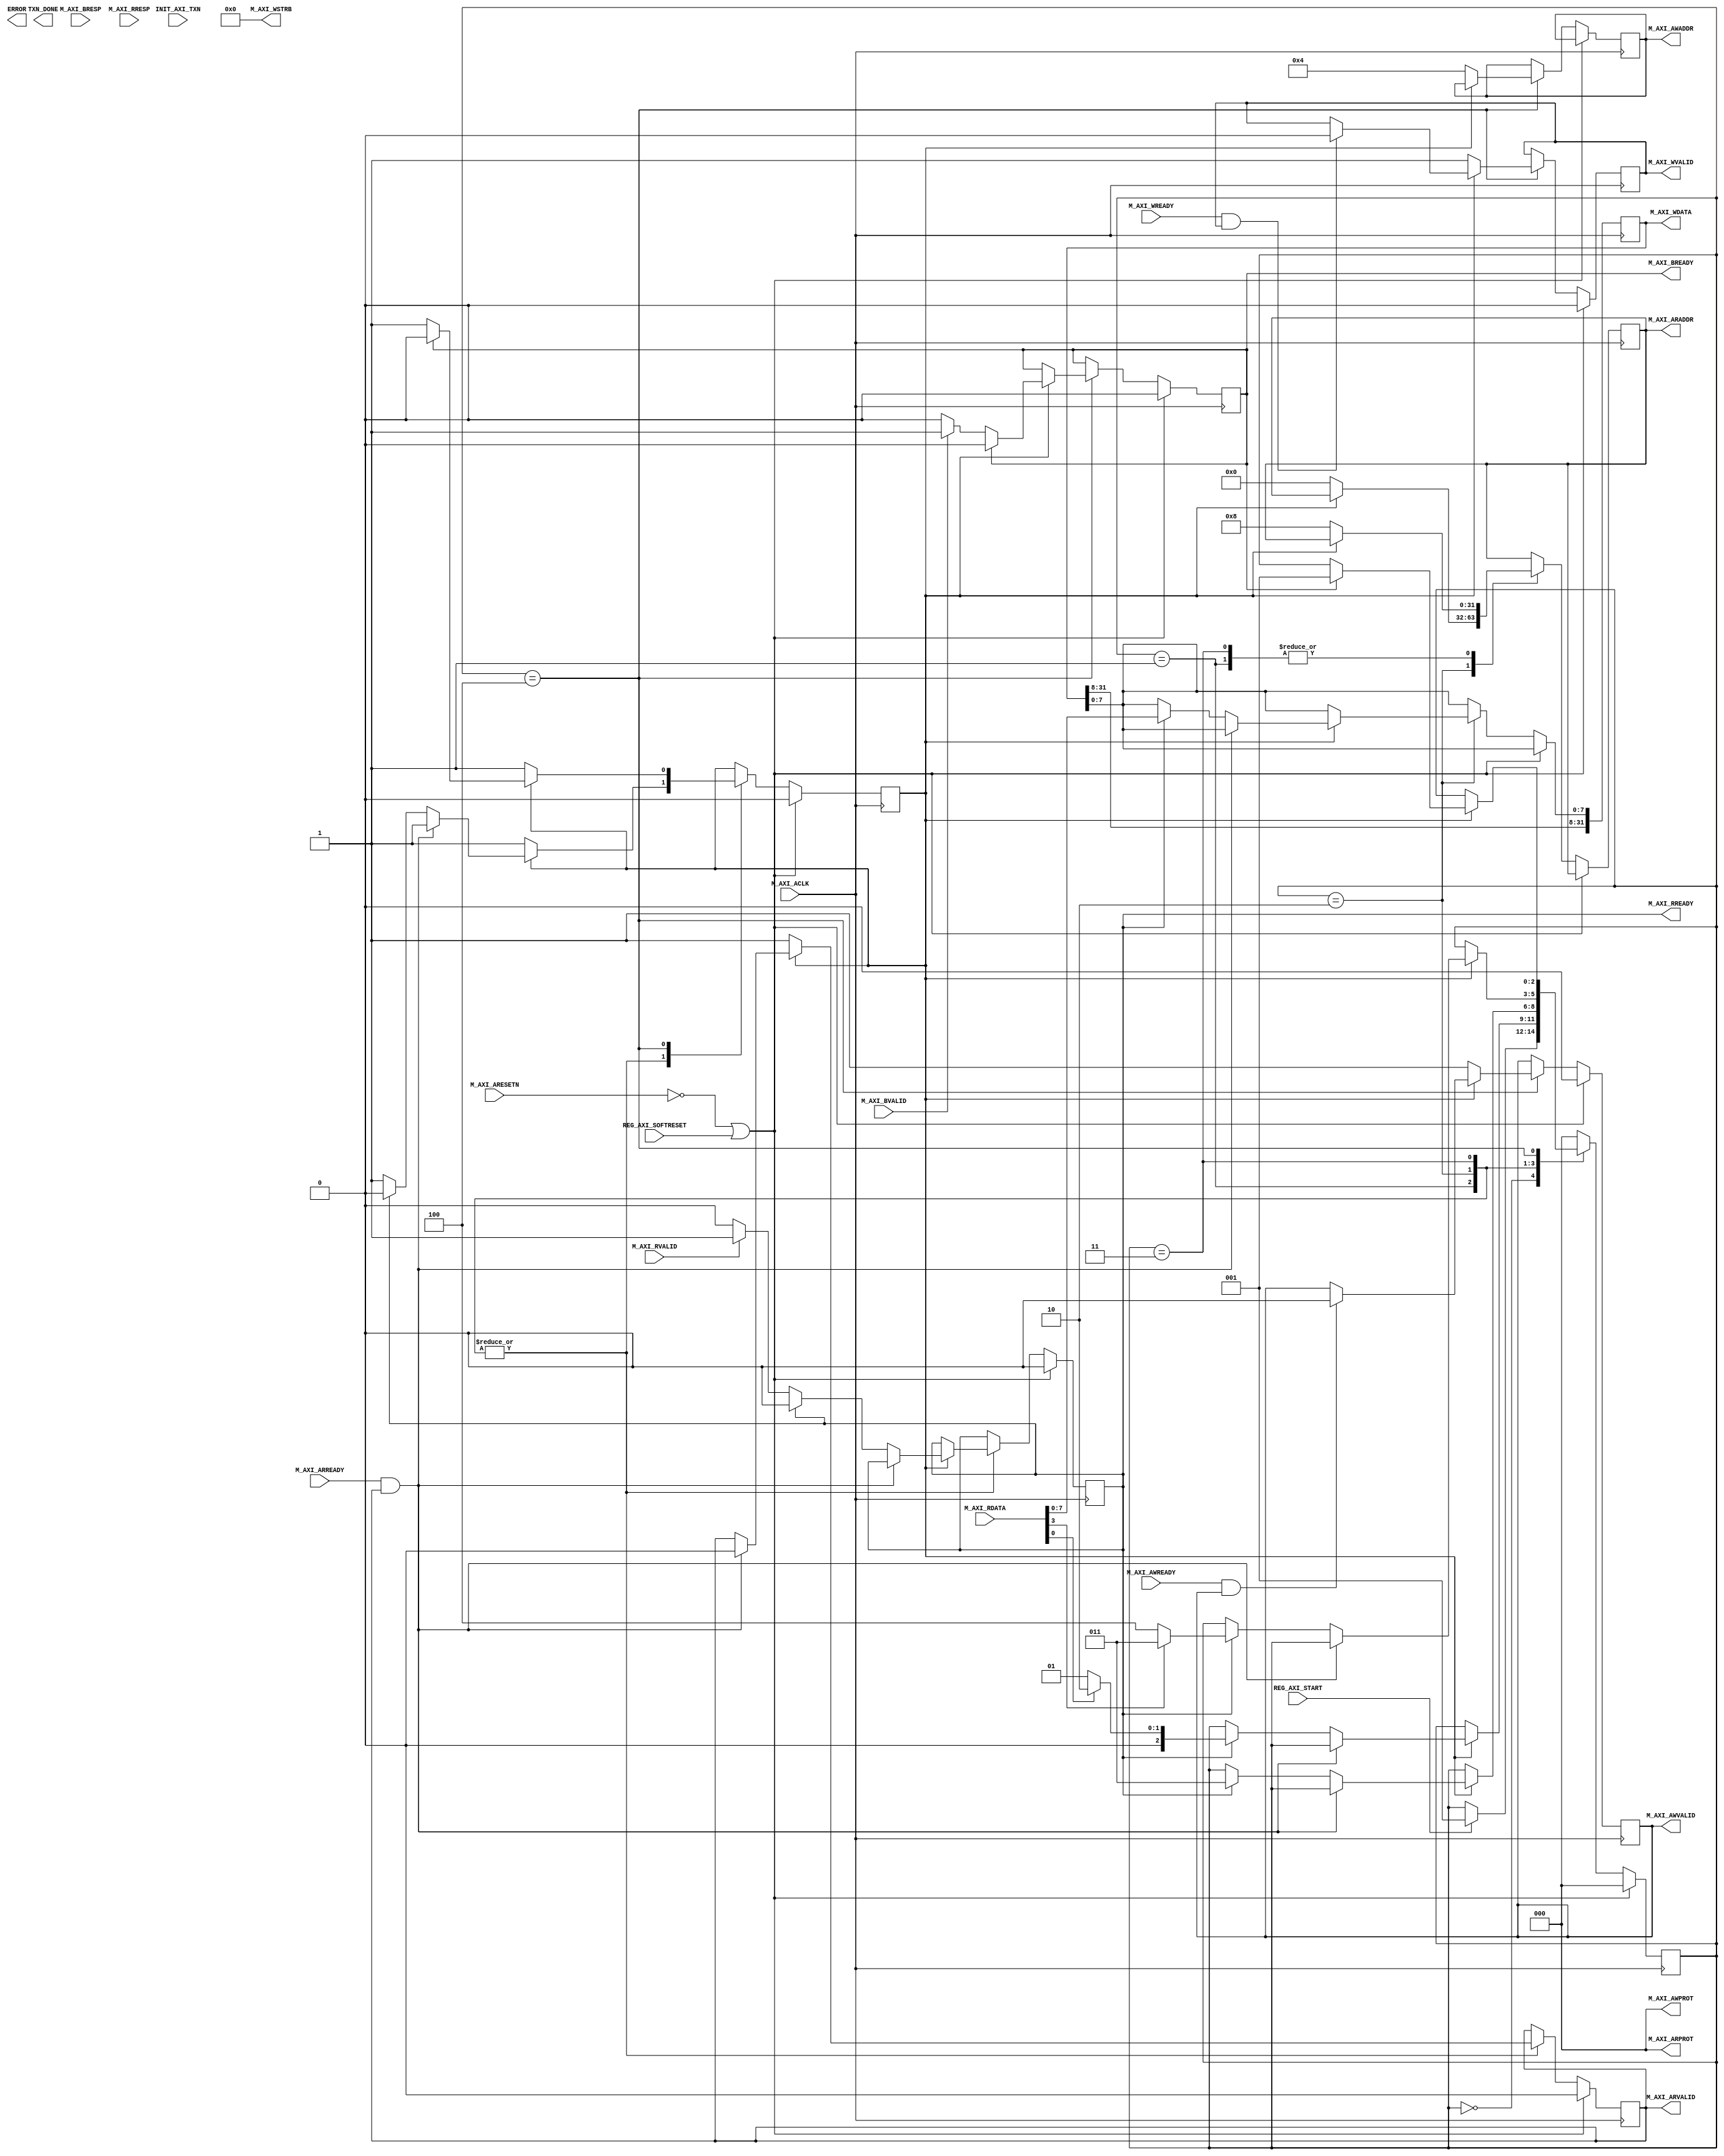

`timescale 1 ns / 1 ps

	module loopback_axi_v1_0_M00_AXI #
	(
		// Users to add parameters here

		// User parameters ends
		// Do not modify the parameters beyond this line

		// The master will start generating data from the C_M_START_DATA_VALUE value
		parameter  C_M_START_DATA_VALUE	= 32'h0,
		// The master requires a target slave base address.
    // The master will initiate read and write transactions on the slave with base address specified here as a parameter.
		parameter  C_M_TARGET_SLAVE_BASE_ADDR	= 32'h0,
		// Width of M_AXI address bus. 
    // The master generates the read and write addresses of width specified as C_M_AXI_ADDR_WIDTH.
		parameter integer C_M_AXI_ADDR_WIDTH	= 32,
		// Width of M_AXI data bus. 
    // The master issues write data and accept read data where the width of the data bus is C_M_AXI_DATA_WIDTH
		parameter integer C_M_AXI_DATA_WIDTH	= 32,
		// Transaction number is the number of write 
    // and read transactions the master will perform as a part of this example memory test.
		parameter integer C_M_TRANSACTIONS_NUM	= 4
	)
	(
		// Users to add ports here
        input wire REG_AXI_SOFTRESET,
        input wire REG_AXI_START,

		// User ports ends
		// Do not modify the ports beyond this line

		// Initiate AXI transactions
		input wire  INIT_AXI_TXN,
		// Asserts when ERROR is detected
		output reg  ERROR,
		// Asserts when AXI transactions is complete
		output wire  TXN_DONE,
		// AXI clock signal
		input wire  M_AXI_ACLK,
		// AXI active low reset signal
		input wire  M_AXI_ARESETN,
		// Master Interface Write Address Channel ports. Write address (issued by master)
		output wire [C_M_AXI_ADDR_WIDTH-1 : 0] M_AXI_AWADDR,
		// Write channel Protection type.
    // This signal indicates the privilege and security level of the transaction,
    // and whether the transaction is a data access or an instruction access.
		output wire [2 : 0] M_AXI_AWPROT,
		// Write address valid. 
    // This signal indicates that the master signaling valid write address and control information.
		output wire  M_AXI_AWVALID,
		// Write address ready. 
    // This signal indicates that the slave is ready to accept an address and associated control signals.
		input wire  M_AXI_AWREADY,
		// Master Interface Write Data Channel ports. Write data (issued by master)
		output wire [C_M_AXI_DATA_WIDTH-1 : 0] M_AXI_WDATA,
		// Write strobes. 
    // This signal indicates which byte lanes hold valid data.
    // There is one write strobe bit for each eight bits of the write data bus.
		output wire [C_M_AXI_DATA_WIDTH/8-1 : 0] M_AXI_WSTRB,
		// Write valid. This signal indicates that valid write data and strobes are available.
		output wire  M_AXI_WVALID,
		// Write ready. This signal indicates that the slave can accept the write data.
		input wire  M_AXI_WREADY,
		// Master Interface Write Response Channel ports. 
    // This signal indicates the status of the write transaction.
		input wire [1 : 0] M_AXI_BRESP,
		// Write response valid. 
    // This signal indicates that the channel is signaling a valid write response
		input wire  M_AXI_BVALID,
		// Response ready. This signal indicates that the master can accept a write response.
		output wire  M_AXI_BREADY,
		// Master Interface Read Address Channel ports. Read address (issued by master)
		output wire [C_M_AXI_ADDR_WIDTH-1 : 0] M_AXI_ARADDR,
		// Protection type. 
    // This signal indicates the privilege and security level of the transaction, 
    // and whether the transaction is a data access or an instruction access.
		output wire [2 : 0] M_AXI_ARPROT,
		// Read address valid. 
    // This signal indicates that the channel is signaling valid read address and control information.
		output wire  M_AXI_ARVALID,
		// Read address ready. 
    // This signal indicates that the slave is ready to accept an address and associated control signals.
		input wire  M_AXI_ARREADY,
		// Master Interface Read Data Channel ports. Read data (issued by slave)
		input wire [C_M_AXI_DATA_WIDTH-1 : 0] M_AXI_RDATA,
		// Read response. This signal indicates the status of the read transfer.
		input wire [1 : 0] M_AXI_RRESP,
		// Read valid. This signal indicates that the channel is signaling the required read data.
		input wire  M_AXI_RVALID,
		// Read ready. This signal indicates that the master can accept the read data and response information.
		output wire  M_AXI_RREADY
	);

    reg [C_M_AXI_ADDR_WIDTH-1 : 0] awaddr;
    assign M_AXI_AWADDR = awaddr;

    assign M_AXI_AWPROT = 3'b000;

    reg awvalid;
    assign M_AXI_AWVALID = awvalid;

    reg [C_M_AXI_DATA_WIDTH-1 : 0] wdata;
    assign M_AXI_WDATA = wdata;

    assign M_AXI_WSTRB = 4'b0000;

    reg wvalid;
    assign M_AXI_WVALID = wvalid;

    reg bready;
    assign M_AXI_BREADY = bready;

    reg [C_M_AXI_ADDR_WIDTH-1 : 0] araddr;
    assign M_AXI_ARADDR = araddr;

    assign M_AXI_ARPROT = 3'b000;

    reg arvalid;
    assign M_AXI_ARVALID = arvalid;

    reg rready;
    assign M_AXI_RREADY = rready;


    localparam IDLE   = 3'b000;
    localparam RXWAIT = 3'b001;
    localparam READ   = 3'b010;
    localparam TXWAIT = 3'b011;
    localparam WRITE  = 3'b100;
    reg [2:0] state;

    reg request_issued;
    always @(posedge M_AXI_ACLK) begin
        if ( (~M_AXI_ARESETN) || REG_AXI_SOFTRESET ) begin
            state <= IDLE;
            arvalid <= 1'b0;
            rready <= 1'b0;
            wvalid <= 1'b0;
            awvalid <= 1'b0;
            bready <= 1'b0;
            request_issued <= 1'b0;
        end else begin
            case (state)

            IDLE: begin
                if (REG_AXI_START) state <= RXWAIT;
            end

            RXWAIT: begin
                if (request_issued) begin
                    if (M_AXI_ARREADY && arvalid) begin
                        // request done
                        arvalid <= 1'b0;
                    end else if (rready) begin
                        // transaction done
                        rready <= 1'b0;
                        request_issued <= 1'b0;
                        if (M_AXI_RDATA[0]) begin
                            state <= READ;
                        end else begin
                            state <= RXWAIT;
                        end
                    end else if (M_AXI_RVALID) rready <= 1'b1;
                end else begin
                    // read request
                    arvalid <= 1'b1;
                    araddr <= 32'h8;
                    request_issued <= 1'b1;
                end
            end

            READ: begin
                if (request_issued) begin
                    if (M_AXI_ARREADY && arvalid) begin
                        // request done
                        arvalid <= 1'b0;
                    end else if (rready) begin
                        // transaction done
                        rready <= 1'b0;
                        request_issued <= 1'b0;

                        wdata[7:0] <= M_AXI_RDATA[7:0];
                        state <= TXWAIT;
                    end else if (M_AXI_RVALID) rready <= 1'b1;
                end else begin
                    // read request
                    arvalid <= 1'b1;
                    araddr <= 32'h0;
                    request_issued <= 1'b1;
                end
            end

            TXWAIT: begin
                if (request_issued) begin
                    if (M_AXI_ARREADY && arvalid) begin
                        // request done
                        arvalid <= 1'b0;
                    end else if (rready) begin
                        // transaction done
                        rready <= 1'b0;
                        request_issued <= 1'b0;

                        if (~M_AXI_RDATA[3]) state <= WRITE; // if not full
                        else state <= TXWAIT;
                    end else if (M_AXI_RVALID) rready <= 1'b1;
                end else begin
                    // read request
                    arvalid <= 1'b1;
                    araddr <= 32'h8;
                    request_issued <= 1'b1;
                end
            end

            WRITE: begin
                if (request_issued) begin
                    if (M_AXI_WREADY && wvalid) wvalid <= 1'b0;
                    if (M_AXI_AWREADY && awvalid) awvalid <= 1'b0;
                    if (bready) begin
                        bready <= 1'b0;
                        request_issued <= 1'b0;
                        state <= RXWAIT;
                    end else if (M_AXI_BVALID) bready <= 1'b1;
                end else begin
                    // send request
                    wvalid <= 1'b1;
                    awvalid <= 1'b1;
                    awaddr <= 32'h4;
                    request_issued <= 1'b1;
                    wdata <= wdata;
                end
            end

            default: begin
                state <= IDLE;
            end

            endcase
        end
    end
	endmodule